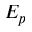
E _ { p }